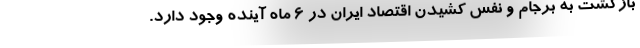
بازگشت به برجام و نفس کشیدن اقتصاد ایران در 6 ماه آینده وجود دارد.